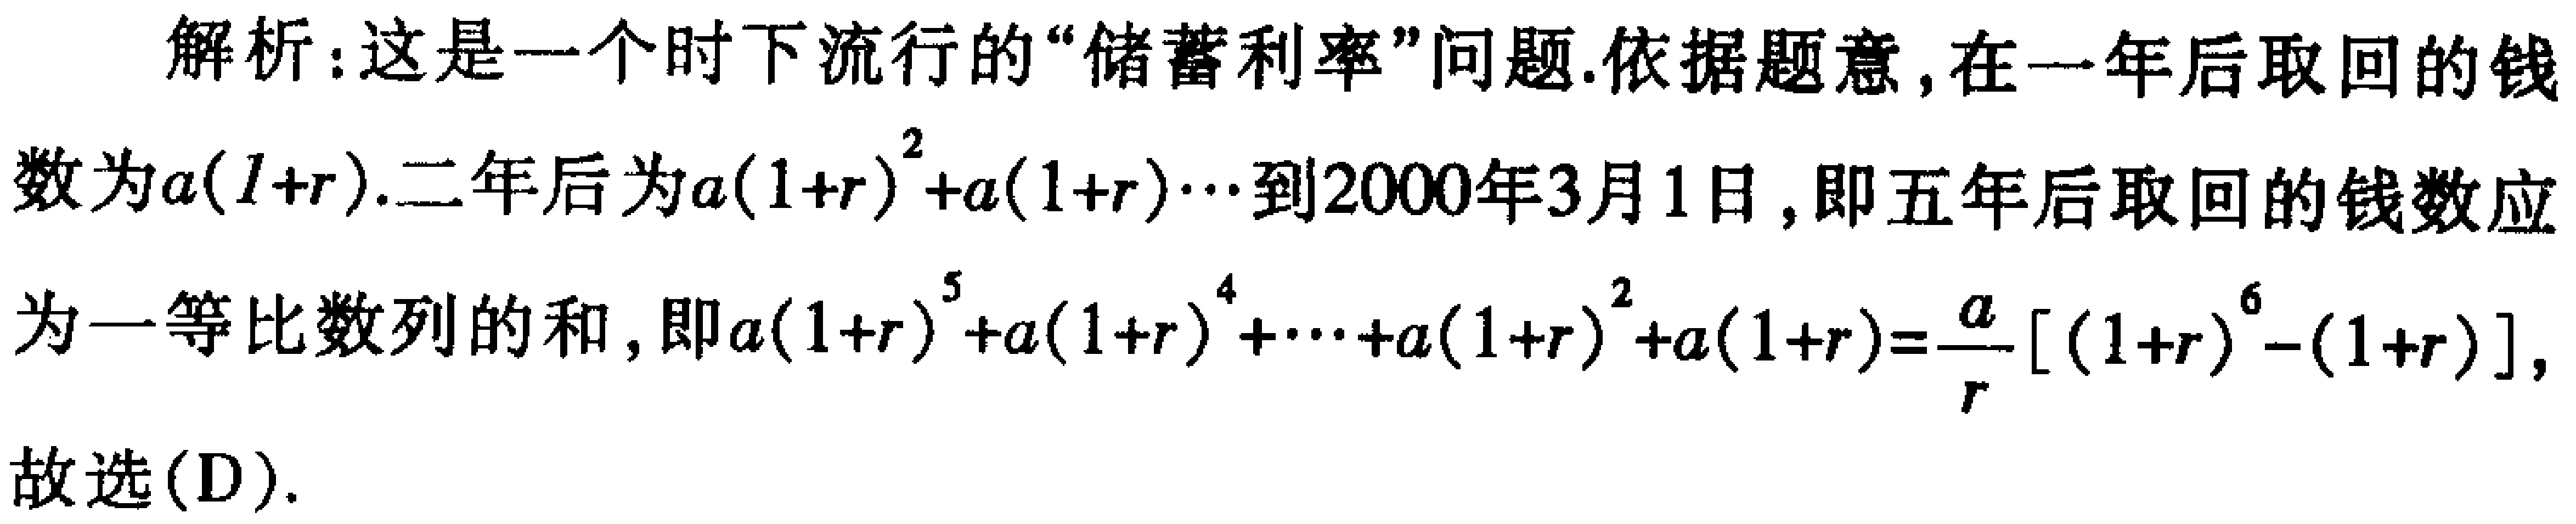
解析：这是一个时下流行的“储蓄利率”问题.依据题意,在一年后取回的钱数为\(a(1 + r)\).二年后为\(a(1 + r)^{2}+a(1 + r)\cdots\)到2000年3月1日,即五年后取回的钱数应为一等比数列的和,即\(a(1 + r)^{5}+a(1 + r)^{4}+\cdots+a(1 + r)^{2}+a(1 + r)=\frac{a}{r}[(1 + r)^{6}-(1 + r)]\),故选(D).